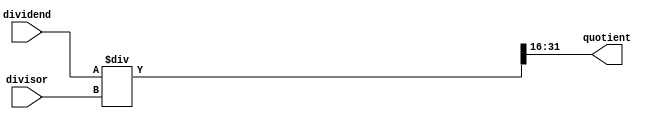
module fixed_point_divider (
    input wire [15:0] dividend,
    input wire [15:0] divisor,
    output reg [15:0] quotient
);

reg [31:0] dividend_signed;
reg [31:0] divisor_signed;
reg [31:0] result;

always @* begin
    dividend_signed = {16'd0, dividend};
    divisor_signed = {16'd0, divisor};
    
    result = dividend_signed / divisor_signed;
    
    quotient = result[31:16];
end

endmodule